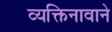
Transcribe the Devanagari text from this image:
व्यक्तिनावाने